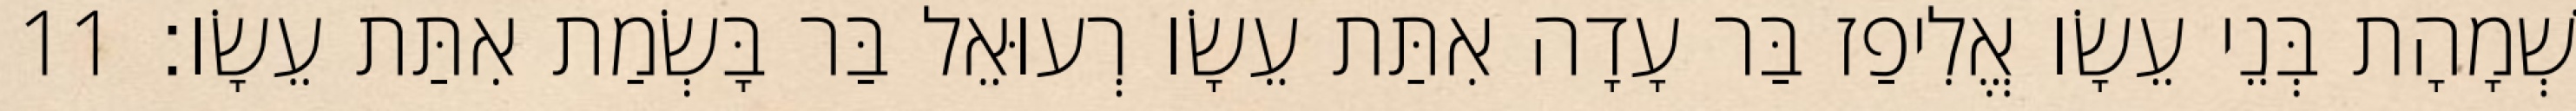
שְׁמָהָת בְּנֵי עֵשָׂו אֱלִיפַז בַּר עָדָה אִתַּת עֵשָׂו רְעוּאֵל בַּר בָּשְׂמַת אִתַּת עֵשָׂו׃ 11